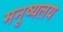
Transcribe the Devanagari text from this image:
मनुष्यलय